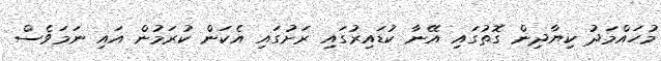
މުހައްމަދު ކިޔާދިން ގޮތުގައި އޭނާ ކުޑައިރުގައި ރަށުގައި އެކަން ކުރަމުން އައި ނަމަވެސް